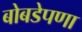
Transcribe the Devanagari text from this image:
बोबडेपणा